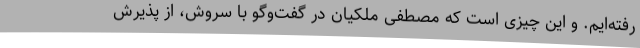
رفته‌ایم. و این چیزی است که مصطفی ملکیان در گفت‌وگو با سروش، از پذیرش